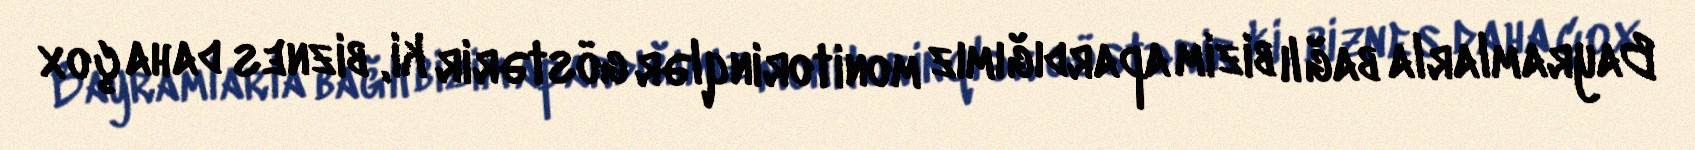
Bayramlarla bağlı bizim apardığımız monitorinqlər göstərir ki, biznes daha çox